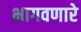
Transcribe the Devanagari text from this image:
भागवणारे